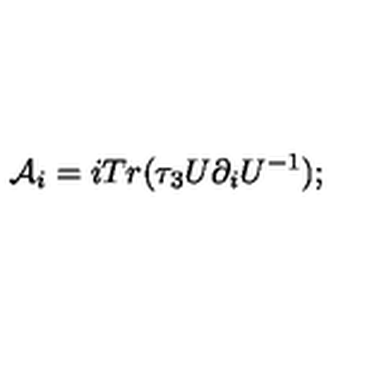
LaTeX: { \mathcal { A } } _ { i } = i T r ( \tau _ { 3 } U \partial _ { i } U ^ { - 1 } ) ; \